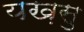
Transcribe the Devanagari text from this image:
यख़सु